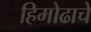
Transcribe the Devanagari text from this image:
हिमोढाचे